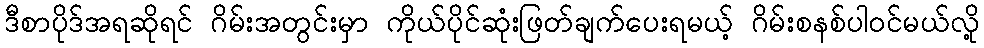
ဒီစာပိုဒ်အရဆိုရင် ဂိမ်းအတွင်းမှာ ကိုယ်ပိုင်ဆုံးဖြတ်ချက်ပေးရမယ့် ဂိမ်းစနစ်ပါဝင်မယ်လို့